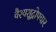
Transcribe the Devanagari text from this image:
वैश्यशूद्रोपचार